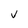
Character: V